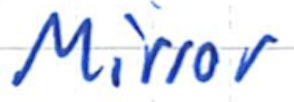
Text: Mirror
Cross-out: clean
Writing tool: ballpoint